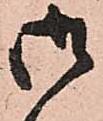
御